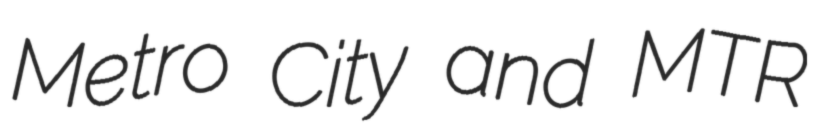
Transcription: Metro City and MTR